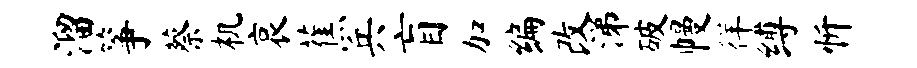
溜筝蔡机哀蕉兵盲加编改涕破幔徉缚忻